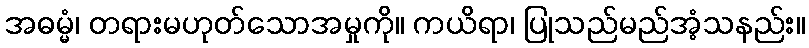
အဓမ္မံ၊ တရားမဟုတ်သောအမှုကို။ ကယိရာ၊ ပြုသည်မည်အံ့သနည်း။